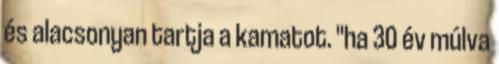
és alacsonyan tartja a kamatot. "ha 30 év múlva